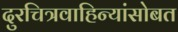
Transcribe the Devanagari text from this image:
दुरचित्रवाहिन्यांसोबत